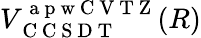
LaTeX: V_{\mathrm{~C~C~S~D~T~}}^{\mathrm{~a~p~w~C~V~T~Z~}}(R)